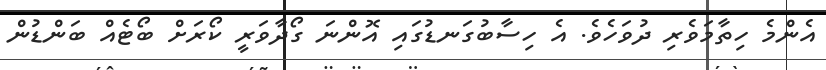
އެންމެ ހިތާމަވެރި ދުވަހެވެ. އެ ހިސާބުގަނޑުގައި އޮންނަ ގޯދާވަރީ ކޯރަށް ބޯޓެއް ބަންޑުން